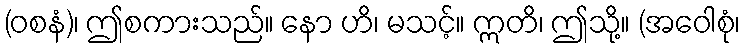
(ဝစနံ)၊ ဤစကားသည်။ နော ဟိ၊ မသင့်။ ဣတိ၊ ဤသို့။ (အဝေါစုံ၊